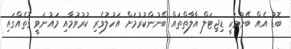
ބޮޑު އެއް ބޭނުމަކީ ޑިޖިޓަލް އާލާތްތައް ބޭނުންކުރުމަށް އަހުލުވެރި ކުރުވުމާއި މައުނަވީ ގޮތެއްގައި